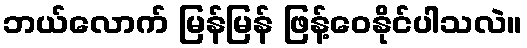
ဘယ်လောက် မြန်မြန် ဖြန့်ဝေနိုင်ပါသလဲ။